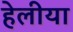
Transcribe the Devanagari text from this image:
हेलीया